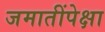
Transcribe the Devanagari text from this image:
जमातींपेक्षा